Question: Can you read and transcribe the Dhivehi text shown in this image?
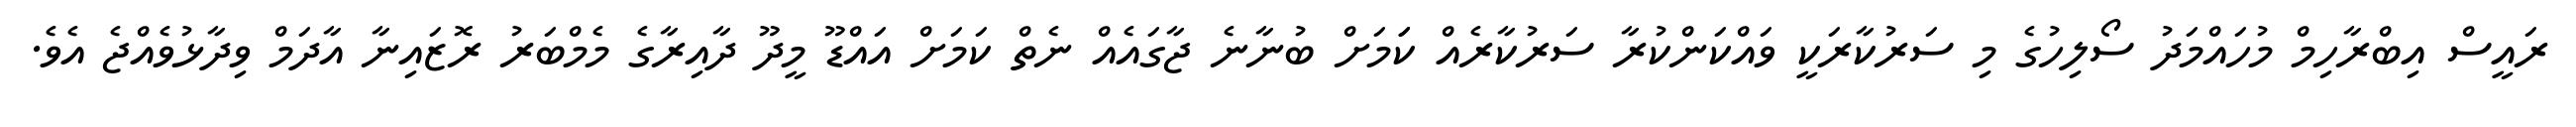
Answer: ރައީސް އިބްރާހިމް މުހައްމަދު ސޯލިހުގެ މި ސަރުކާރަކީ ވައްކަންކުރާ ސަރުކާރެއް ކަަމަށް ބުނާނެ ޖާގައެއް ނެތް ކަމަށް އައްޑޫ މީދޫ ދާއިރާގެ މެމްބަރު ރޮޒައިނާ އާދަމް ވިދާޅުވެއްޖެ އެވެ.